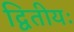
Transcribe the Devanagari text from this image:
द्वितीयः